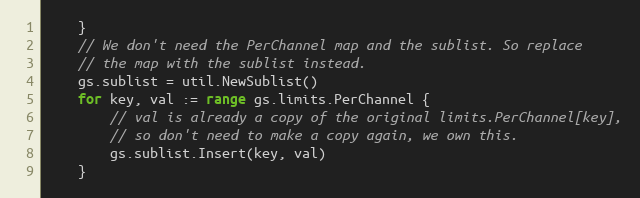
Language: Go
	}
	// We don't need the PerChannel map and the sublist. So replace
	// the map with the sublist instead.
	gs.sublist = util.NewSublist()
	for key, val := range gs.limits.PerChannel {
		// val is already a copy of the original limits.PerChannel[key],
		// so don't need to make a copy again, we own this.
		gs.sublist.Insert(key, val)
	}